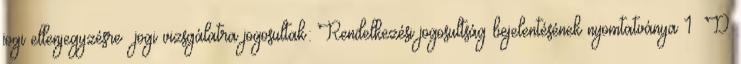
jogi ellenjegyzésre jogi vizsgálatra jogosultak: Rendelkezési jogosultság bejelentésének nyomtatványa 1 D